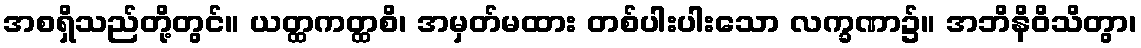
အစရှိသည်တို့တွင်။ ယတ္ထကတ္ထစိ၊ အမှတ်မထား တစ်ပါးပါးသော လက္ခဏာ၌။ အဘိနိဝိသိတွာ၊